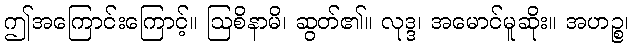
ဤအကြောင်းကြောင့်။ ဩစိနာမိ၊ ဆွတ်၏။ လုဒ္ဒ၊ အမောင်မူဆိုး။ အဟဉ္စ၊